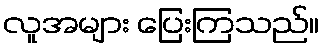
လူအများ ပြေးကြသည်။